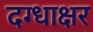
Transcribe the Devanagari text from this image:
दग्धाक्षर